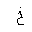
Letter: _kha